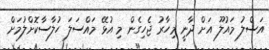
އަސްލު މައުލޫ އަށް ދާނީ މިހާރު ޖެހިގެން މި އުޅޭ މައްސަލަ ހުލާސާކޮށްލުމަށް